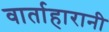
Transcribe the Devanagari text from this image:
वार्ताहारानी